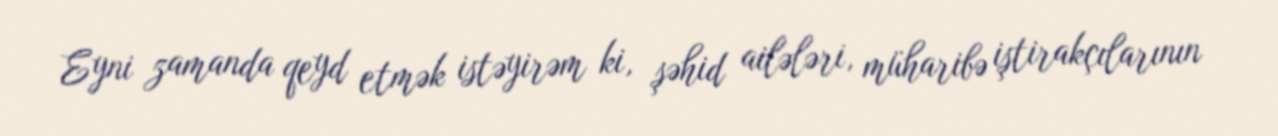
Eyni zamanda qeyd etmək istəyirəm ki, şəhid ailələri, müharibə iştirakçılarının